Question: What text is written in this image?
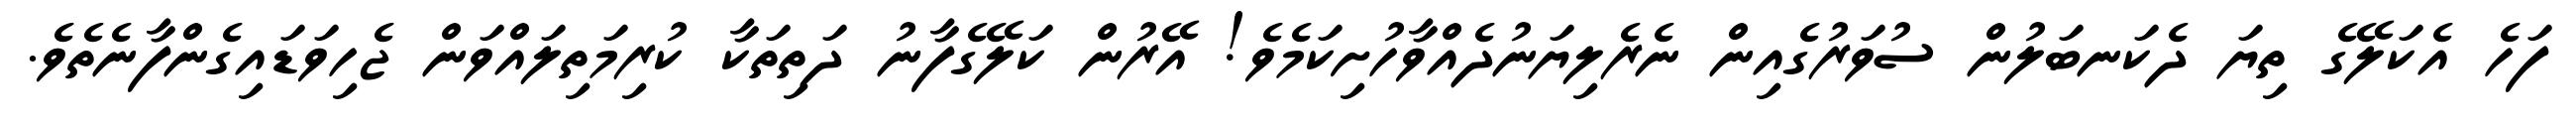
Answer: ފަހެ އެކަލޭގެ ތިޔަ ދެކަނބަލުން ސުވަރުގެއިން ނެރެލިޔަނުދެއްވާހުށިކަމެވެ! އޭރުން ކަލޭގެފާނު ދަތިތަކާ ކުރިމަތިލައްވަން ޖެހިވަޑައިގެންފާނެތެވެ.